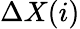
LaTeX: \Delta X(i)